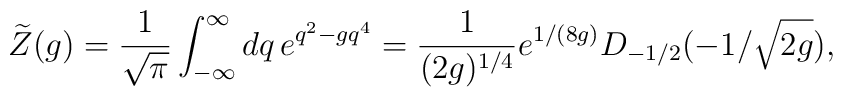
\widetilde Z(g)={1\over \sqrt{\pi}}\int_{-\infty}^\infty dq\,e^{q^2-gq^4}   ={1\over(2g)^{1/4}}e^{1/(8g)}D_{-1/2}(-1/\sqrt{2g}),